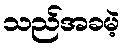
သည်အခမဲ့